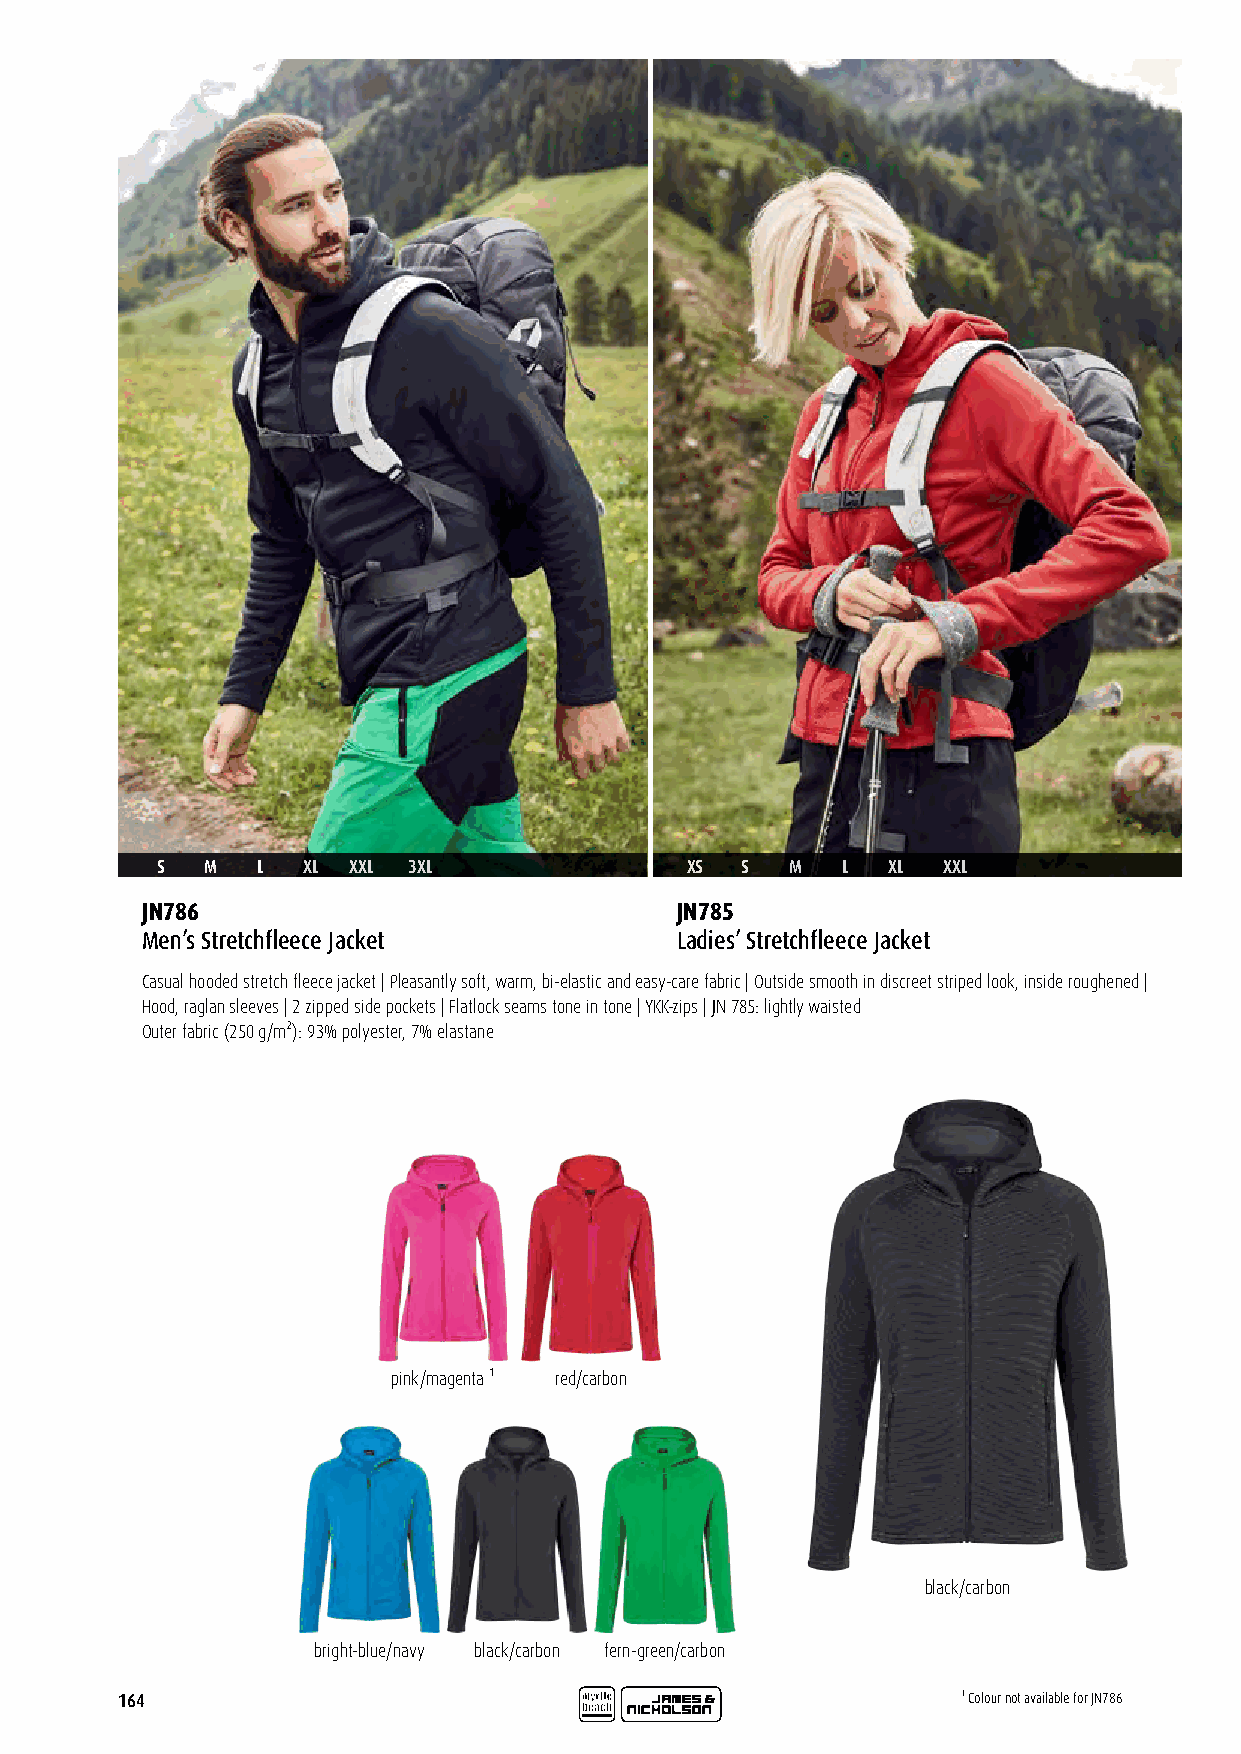
S   M  L  XL XXL 3XL               XS  S  M   L  XL XXL
 JN786                               JN785
 Men’s Stretchfleece Jacket          Ladies’ Stretchfleece Jacket
 Casual hooded stretch fleece jacket | Pleasantly soft, warm, bi-elastic and easy-care fabric | Outside smooth in discreet striped look, inside roughened |
 Hood, raglan sleeves | 2 zipped side pockets | Flatlock seams tone in tone | YKK-zips | JN 785: lightly waisted
 Outer fabric (250 g/m²): 93% polyester, 7% elastane
 pink/magenta ¹ red/carbon
 black/carbon
 bright-blue/navy black/carbon fern-green/carbon
 164                                                     ¹ Colour not available for JN786